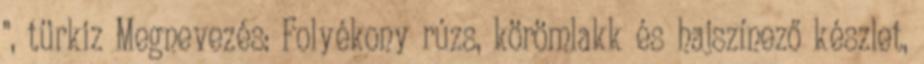
", türkiz Megnevezés: Folyékony rúzs, körömlakk és hajszínező készlet,